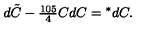
d \tilde { C } - { \textstyle { \frac { 1 0 5 } { 4 } } } C d C = { } ^ { * } d C .